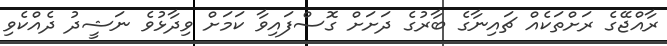
ރާއްޖޭގެ ރަށްތަކެއް ޗައިނާގެ ބާރުގެ ދަށަށް ގޮސްފައިވާ ކަަމަށް ވިދާޅުވެ ނަޝީދު ދެއްކެވި